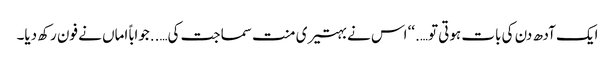
ایک آدھ دن کی بات ہوتی تو….‘‘ اس نے بہتیری منت سماجت کی…..جواباً اماں نے فون رکھ دیا۔